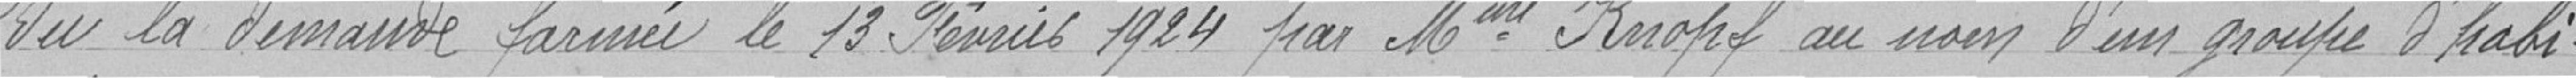
Vu la demande fournie le 13 Février 1924 par Mr Knopf au nom d'un groupe d'habi-